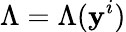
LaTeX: \Lambda=\Lambda(\mathbf{y}^{i})